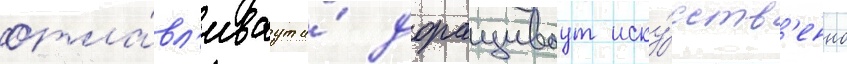
отла́вл'иваут и́ доращиваут иску́сств'енно